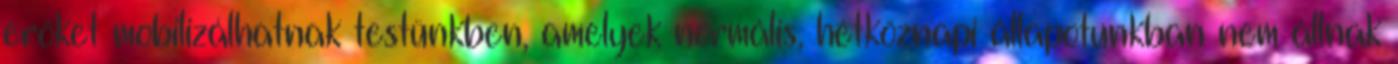
erőket mobilizálhatnak testünkben, amelyek normális, hétköznapi állapotunkban nem állnak